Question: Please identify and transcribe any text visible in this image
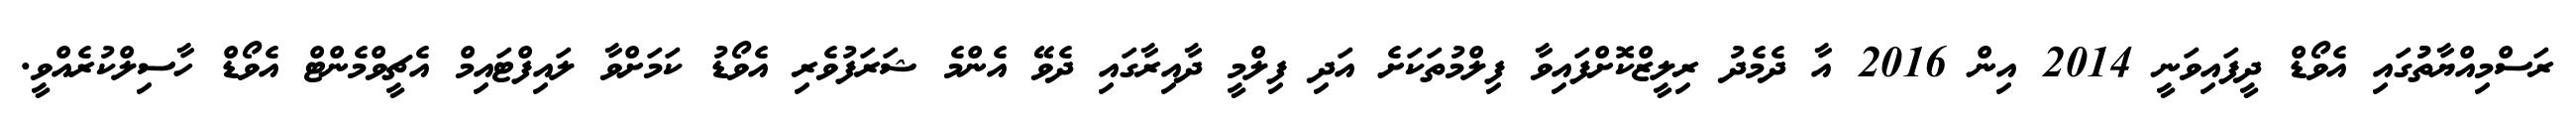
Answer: ރަސްމިއްޔާތުުގައި އެވޯޑް ދީފައިވަނީ 2014 އިން 2016 އާ ދެމެދު ރިލީޒްކޮށްފައިވާ ފިލްމުތަކަށެ އަދި ފިލްމީ ދާއިރާގައި ދެވޭ އެންމެ ޝަރަފުވެރި އެވޯޑު ކަމަށްވާ ލައިފްޓައިމް އެޗީވްމެންޓް އެވޯޑް ހާސިލްކުރެއްވީ.